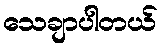
သေချာပါတယ်